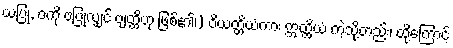
ယပြု, ဝကို ဗပြုလျှင် ဗျတ္တိဟု ဖြစ်၏၊) ဝိယတ္တိယံကား ဣတ္ထိယံ ကဲ့သို့တည်း၊ ထို့ကြောင့်